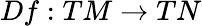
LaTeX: Df:TM\rightarrow TN